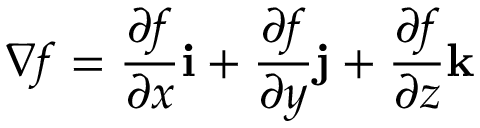
\nabla f = { \frac { \partial f } { \partial x } } \mathbf { i } + { \frac { \partial f } { \partial y } } \mathbf { j } + { \frac { \partial f } { \partial z } } \mathbf { k }